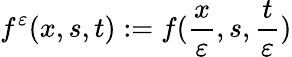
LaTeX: f^{\varepsilon}(x,s,t):=f(\frac{x}{\varepsilon},s,\frac{t}{\varepsilon})